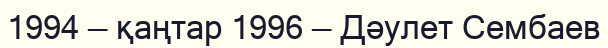
1994 — қаңтар 1996 — Дәулет Сембаев